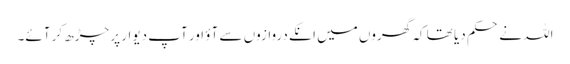
اللہ نے حکم دیا تھا کہ گھروں میں انکے دروازوں سے آؤ اور آپ دیوار پر چڑھ کر آئے۔